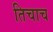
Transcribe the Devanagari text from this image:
तिचाच